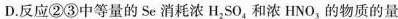
D.反应② ③中等量的Se消耗浓H_{2}SO_{4}和浓HNO_{3}的物质的量